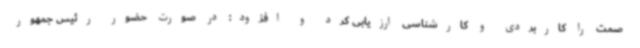
صمت را کاربردی و کارشناسی ارزیابی کرد و افزود: در صورت حضور رئیس جمهور